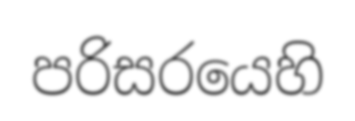
පරිසරයෙහි